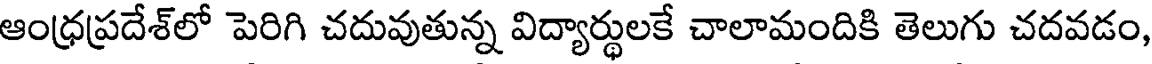
ఆంధ్రప్రదేశ్లో పెరిగి చదువుతున్న విద్యార్థులకే చాలామందికి తెలుగు చదవడం,